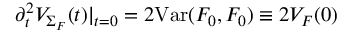
\partial _ { t } ^ { 2 } { \cal V } _ { \Sigma _ { F } } ( t ) | _ { t = 0 } = 2 \mathrm { V a r } ( F _ { 0 } , F _ { 0 } ) \equiv 2 { \cal V } _ { F } ( 0 )